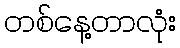
တစ်နေ့တာလုံး